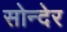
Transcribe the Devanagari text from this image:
सोन्देर